Report on vaccination in the Province of Bengal - 1869-1873
Year: 1869
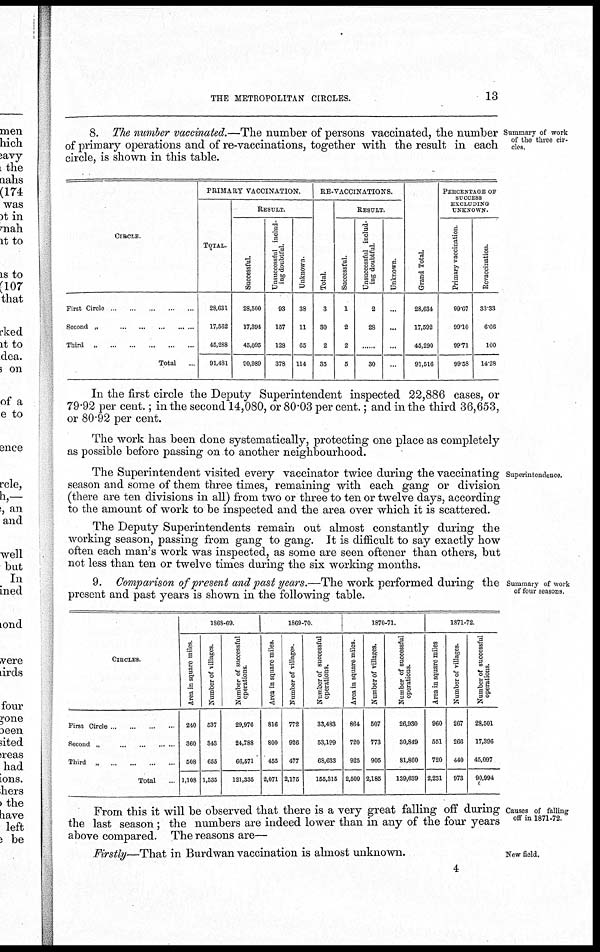
THE METROPOLITAN CIRCLES.
13
Summary of work
of the three cir-
cles.
8. The number vaccinated.—The number of persons vaccinated, the number
of primary operations and of re-vaccinations, together with the result in each
circle, is shown in this table.
CIRCLE.
First Circle
...
...
...
...
...
Second „
...
...
...
...
...
Third „ ... ... ... ... ... ...
Total
...
PRIMARY VACCINATION.
TOTAL.
28,631
17,562
45,288
91,481
RESULT.
Successful.
28,500
17,394
45,095
90,989
Unsuccessful includ-
ing doubtful.
93
157
128
378
Unknown.
38
11
65
114
RE-VACCINATIONS.
Total.
3
30
2
35
RESULT.
Successful.
1
2
2
5
Unsuccessful includ-
ing doubtful.
2
28
......
30
Unknown.
...
...
...
...
Grand Total.
28,634
17,592
45,290
91,510
PERCENTAGE OF
SUCCESS
EXCLUDING
UNKNOWN.
Primary vaccination
99.67
99.10
99.71
99.58
Revaccination.
33.33
6.66
100
14.28
In the first circle the Deputy Superintendent inspected 22,886 cases, or
79.92 per cent.; in the second 14,080, or 80.03 per cent.; and in the third 36,653,
or 80.92 per cent.
The work has been done systematically, protecting one place as completely
as possible before passing on to another neighbourhood.
Superintendence.
The Superintendent visited every vaccinator twice during the vaccinating
season and some of them three times, remaining with each gang or division
(there are ten divisions in all) from two or three to ten or twelve days, according
to the amount of work to be inspected and the area over which it is scattered.
The Deputy Superintendents remain out almost constantly during the
working season, passing from gang to gang. It is difficult to say exactly how
often each man's work was inspected, as some are seen oftener than others, but
not less than ten or twelve times during the six working months.
Summary of work
of four seasons.
9. Comparison of present and past years.—The work performed during the
present and past years is shown in the following table.
CIRCLES.
First Circle ... ... ... ...
Second „
...
...
...
...
Third „
...
...
...
...
Total ...
1868-69.
Area in square miles.
240
360
508
1,108
Number of villages.
537
343
655
1,535
Number of successful
operations.
29,976
24,788
66,571
121,335
1869-70.
Area in square miles.
816
800
455
2,071
Number of villages.
772
926
477
2,175
Number of successful
operations.
33,483
53,199
68,633
155,315
1870-71.
Area in square miles.
864
720
925
2,509
Number of villages.
507
773
905
2,185
Number of successful
operations.
26,930
30,849
81,860
139,639
1871-72.
Area in square miles
960
551
720
2,231
Number of villages.
267
266
440
973
Number of successful
operations.
28,501
17,396
45,097
90,994
Causes of falling
off in 1871-72.
From this it will be observed that there is a very great falling off during
the last season; the numbers are indeed lower than in any of the four years
above compared. The reasons are—
New field.
Firstly—That in Burdwan vaccination is almost unknown.
4